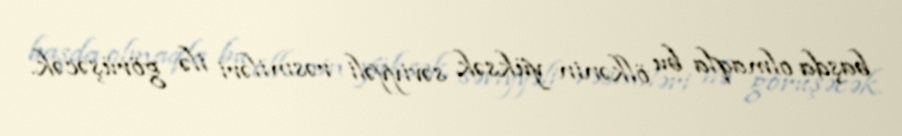
başda olmaqla bu ölkənin yüksək səviyyəli rəsmiləri ilə görüşəcək.